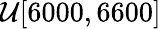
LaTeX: \mathcal{U}[6000,6600]